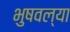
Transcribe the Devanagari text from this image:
भुषवल्या